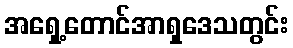
အရှေ့တောင်အာရှဒေသတွင်း